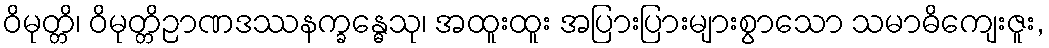
ဝိမုတ္တိ၊ ဝိမုတ္တိဉာဏဒဿနက္ခန္ဓေသု၊ အထူးထူး အပြားပြားများစွာသော သမာဓိကျေးဇူး,